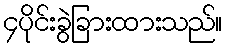
၄ပိုင်းခွဲခြားထားသည်။